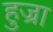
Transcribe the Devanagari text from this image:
हुज्रा